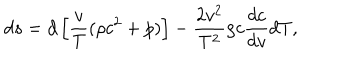
d s = d \left[ { \frac { v } { T } } ( \rho c ^ { 2 } + p ) \right] - { \frac { 2 v ^ { 2 } } { T ^ { 2 } } } \rho c { \frac { d c } { d v } } d T ,